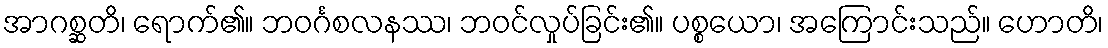
အာဂစ္ဆတိ၊ ရောက်၏။ ဘဝင်္ဂစလနဿ၊ ဘဝင်လှုပ်ခြင်း၏။ ပစ္စယော၊ အကြောင်းသည်။ ဟောတိ၊